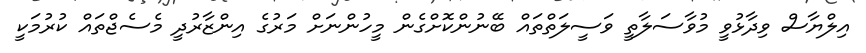
އިލްޔާސް ވިދާޅުވީ މުވާސަލާތީ ވަސީލަތްތައް ބޭނުންކޮށްގެން މީހުންނަށް މަރުގެ އިންޒާރުދީ މެސެޖްތައް ކުރުމަކީ